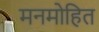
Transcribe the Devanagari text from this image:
मनमोहित